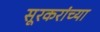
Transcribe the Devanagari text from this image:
सूरकरांच्या